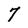
Character: 7